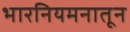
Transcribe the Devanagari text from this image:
भारनियमनातून